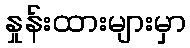
နှုန်းထားများမှာ